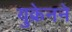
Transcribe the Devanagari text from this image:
युक्रेनने